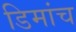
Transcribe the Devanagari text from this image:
डिमांच